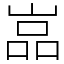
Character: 嵓